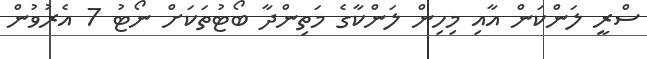
ސްރީ ލަންކަން އާއި މިހިން ލަންކާގެ މަތިންދާ ބޯޓުތަކަށް ނޯޓު 7 އެރުވުން